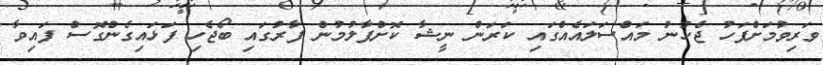
ވަރިވުމަށްފަހު ޖެހުނު މައްސަލައެއްގައި ކަރަން ނީޝާ ކޮށްޕާލުމުން ފާރުގައި ބޯޖެހި ފަޅައިގެންގޮސް ފައިވާ